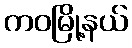
ကဝမြို့နယ်